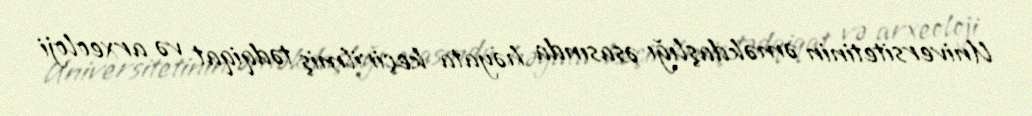
Universitetinin əməkdaşlığı əsasında həyata keçirilmiş tədqiqat və arxeoloji